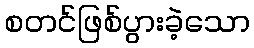
စတင်ဖြစ်ပွားခဲ့သော